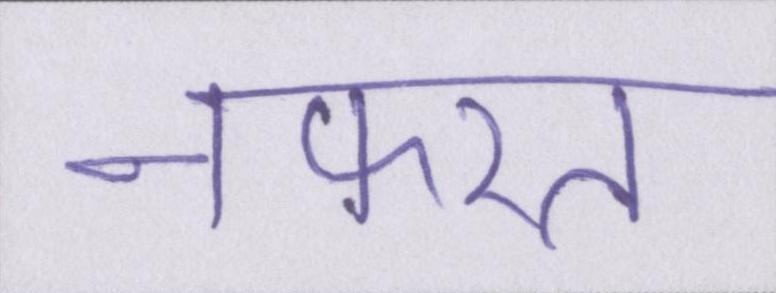
नफरत